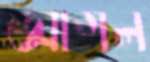
আগল